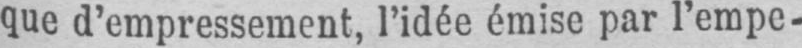
que d’empressement, l’idée émise par l’empe-